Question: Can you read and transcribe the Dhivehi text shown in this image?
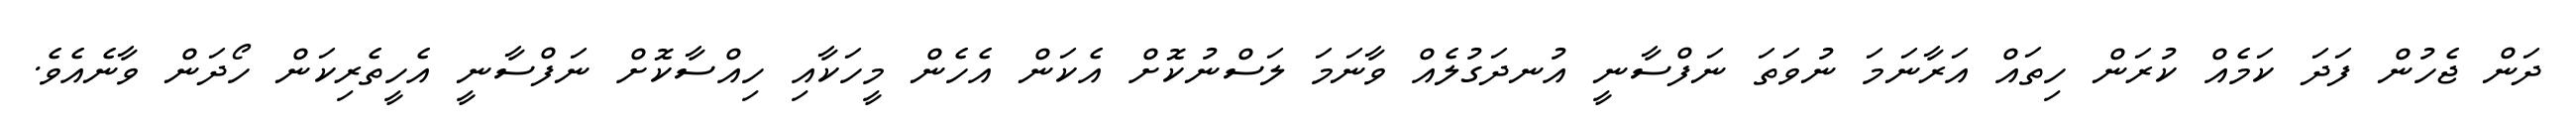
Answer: ދަން ޖެހުން ފަދަ ކަމެއް ކުރަން ހިތައް އަރާނަމަ ނުވަތަ ނަފްސާނީ އުނދަގުލެއް ވާނަމަ ލަސްނުކޮށް އެކަން އެހެން މީހަކާއި ހިއްސާކޮށް ނަފްސާނީ އެހީތެރިކަން ހޯދަން ވާނެއެވެ.